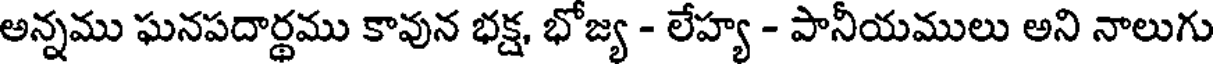
అన్నము ఘనపదార్థము కావున భక్ష, భోజ్య - లేహ్య - పానీయములు అని నాలుగు